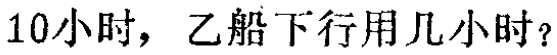
10小时，乙船下行用几小时？